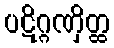
ပဋိဂ္ဂဏှိတ္ထ